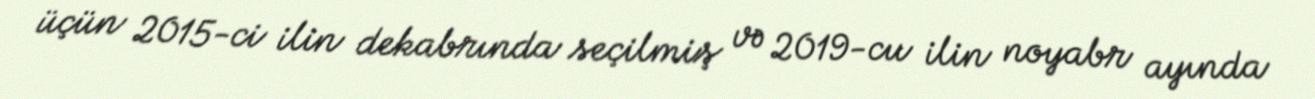
üçün 2015-ci ilin dekabrında seçilmiş və 2019-cu ilin noyabr ayında